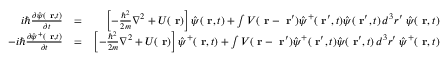
\begin{array} { r l r } { i \hbar \frac { \partial \hat { \psi } ( \mathrm { \bf ~ r } , t ) } { \partial t } } & { = } & { \left[ - \frac { \hbar ^ { 2 } } { 2 m } \nabla ^ { 2 } + U ( \mathrm { \bf ~ r } ) \right] \hat { \psi } ( \mathrm { \bf ~ r } , t ) + \int V ( \mathrm { \bf ~ r } - \mathrm { \bf ~ r } ^ { \prime } ) \hat { \psi } ^ { + } ( \mathrm { \bf ~ r } ^ { \prime } , t ) \hat { \psi } ( \mathrm { \bf ~ r } ^ { \prime } , t ) \, d ^ { 3 } r ^ { \prime } \; \hat { \psi } ( \mathrm { \bf ~ r } , t ) } \\ { - i \hbar \frac { \partial \hat { \psi } ^ { + } ( \mathrm { \bf ~ r } , t ) } { \partial t } } & { = } & { \left[ - \frac { \hbar ^ { 2 } } { 2 m } \nabla ^ { 2 } + U ( \mathrm { \bf ~ r } ) \right] \hat { \psi } ^ { + } ( \mathrm { \bf ~ r } , t ) + \int V ( \mathrm { \bf ~ r } - \mathrm { \bf ~ r } ^ { \prime } ) \hat { \psi } ^ { + } ( \mathrm { \bf ~ r } ^ { \prime } , t ) \hat { \psi } ( \mathrm { \bf ~ r } ^ { \prime } , t ) \, d ^ { 3 } r ^ { \prime } \; \hat { \psi } ^ { + } ( \mathrm { \bf ~ r } , t ) } \end{array}